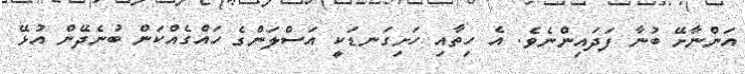
އަންނާށޭ ބުނާ ފަދައިންނެވެ. އެ ހިތާއި ހަށިގަނޑަކީ އަސްލަންގެ ހައްގެއްކަން ބުނެދޭން އުޅޭ